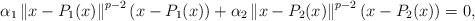
LaTeX: \begin{align*}\alpha _{1}\left\Vert x-P_{1}(x)\right\Vert ^{p-2}\left( x-P_{1}(x)\right)+\alpha _{2}\left\Vert x-P_{2}(x)\right\Vert ^{p-2}\left( x-P_{2}(x)\right)=0, \end{align*}